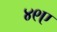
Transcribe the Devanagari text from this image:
४९ए